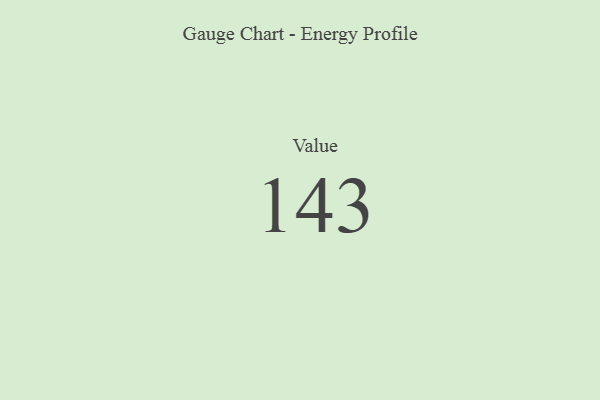
{"axis": {"x": "Metric", "y": "Value"}, "legend": [""], "data": [{"x": "Value", "y": 143, "type": ""}]}